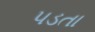
પડતા